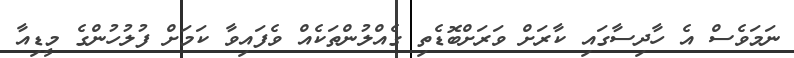
ނަމަވެސް އެ ހާދިސާގައި ކާރަށް ވަރަށްބޮޑެތި ގެއްލުންތަކެއް ވެފައިވާ ކަމަށް ފުލުހުންގެ މީޑިއާ